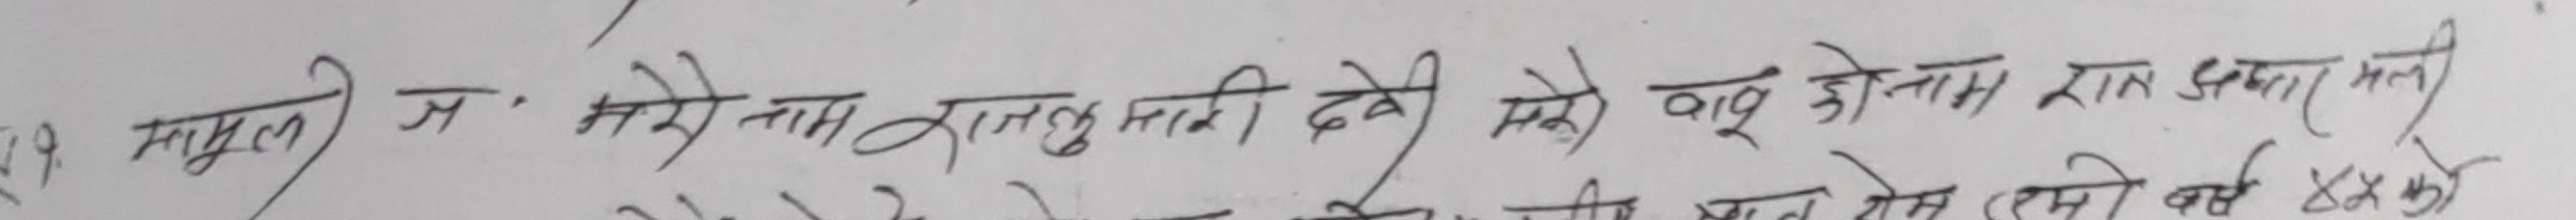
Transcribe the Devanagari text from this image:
(18) मालूमात ज. मेरे नाम रानहु मारी देवी मेरे बहू को नाम राम प्रसाद माली